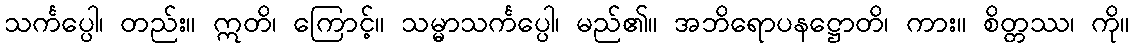
သင်္ကပ္ပေါ၊ တည်း။ ဣတိ၊ ကြောင့်။ သမ္မာသင်္ကပ္ပေါ၊ မည်၏။ အဘိရောပနဋ္ဌောတိ၊ ကား။ စိတ္တဿ၊ ကို။